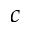
c